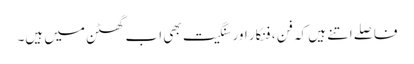
فاصلے اتنے ہیں کہ فن ، فنکار اور سنگیت بھی اب گھٹن میں ہیں۔